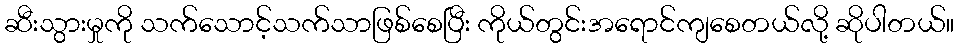
ဆီးသွားမှုကို သက်သောင့်သက်သာဖြစ်စေပြီး ကိုယ်တွင်းအရောင်ကျစေတယ်လို့ ဆိုပါတယ်။